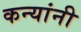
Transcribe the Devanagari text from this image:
कन्यांनी